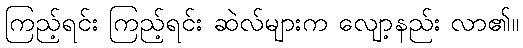
ကြည့်ရင်း ကြည့်ရင်း ဆဲလ်များက လျော့နည်း လာ၏။